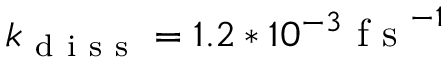
k _ { \mathrm { ~ d ~ i ~ s ~ s ~ } } = 1 . 2 * 1 0 ^ { - 3 } \mathrm { ~ f ~ s ~ } ^ { - 1 }